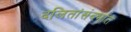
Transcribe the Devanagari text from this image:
दलितांसंदर्भात